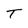
Character: T